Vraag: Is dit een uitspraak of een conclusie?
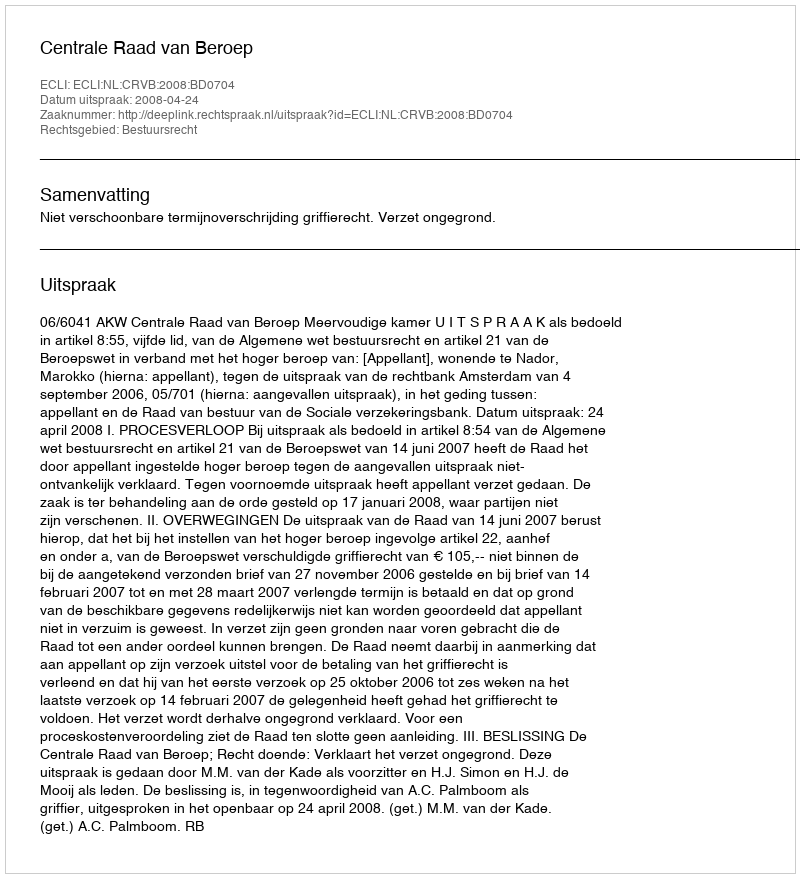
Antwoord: Uitspraak